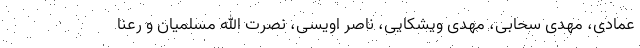
عمادی، مهدی سحابی، مهدی ویشکایی، ناصر اویسی، نصرت الله مسلمیان و رعنا